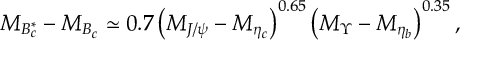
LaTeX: M _ { B _ { c } ^ { * } } - M _ { B _ { c } } \simeq 0 . 7 \left( M _ { J / \psi } - M _ { \eta _ { c } } \right) ^ { 0 . 6 5 } \left( M _ { \Upsilon } - M _ { \eta _ { b } } \right) ^ { 0 . 3 5 } ,